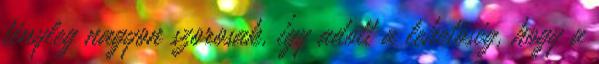
tényleg nagyon szorosak, így adott a lehetőség, hogy a